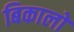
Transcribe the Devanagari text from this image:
बिकालो